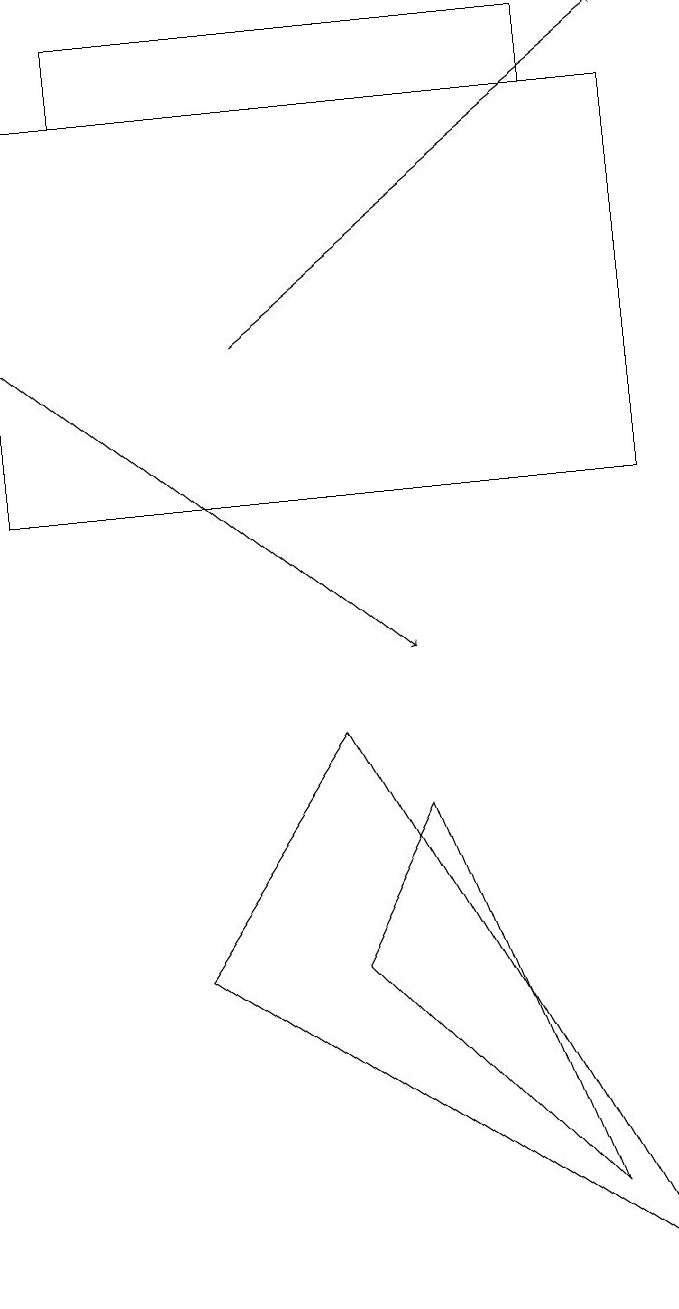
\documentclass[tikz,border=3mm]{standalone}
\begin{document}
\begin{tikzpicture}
\draw (7,3) -- (5,8) -- (4,6) -- cycle;
\draw (4,9) -- (8,2) -- (2,6) -- cycle;
\draw[->] (3,14) -- (8,18);
\draw (1,17) rectangle (7,18);
\draw[->] (0,14) -- (5,10);
\draw (8,12) rectangle (0,17);
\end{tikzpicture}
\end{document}